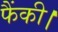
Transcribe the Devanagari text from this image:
फैंकी।